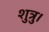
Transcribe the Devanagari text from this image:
शुत्रु।